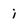
Character: i